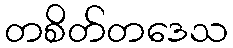
တစိတ်တဒေသ